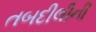
તબદીલીની